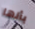
بأنها